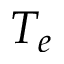
T _ { e }